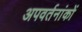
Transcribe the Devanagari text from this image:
अपवर्तनांकों